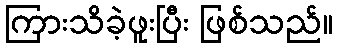
ကြားသိခဲ့ဖူးပြီး ဖြစ်သည်။